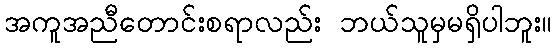
အကူအညီတောင်းစရာလည်း ဘယ်သူမှမရှိပါဘူး။